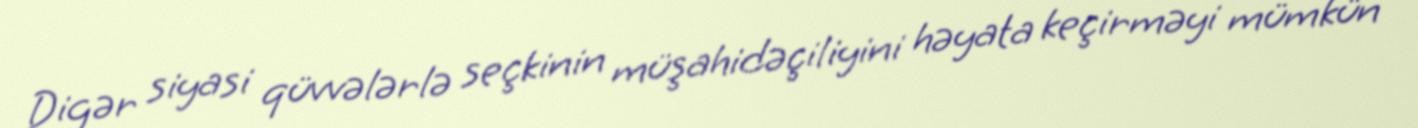
Digər siyasi qüvvələrlə seçkinin müşahidəçiliyini həyata keçirməyi mümkün